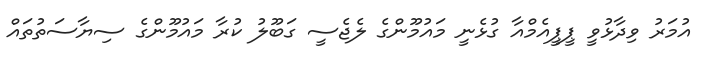
އުމަރު ވިދާޅުވީ ޕީޕީއެމްއާ ގުޅެނީ މައުމޫންގެ ލެޖެސީ ގަބޫލު ކުރާ މައުމޫންގެ ސިޔާސަތުތައް